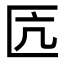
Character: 匟